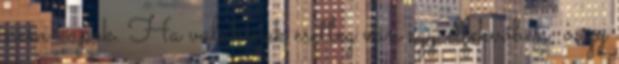
nem kapok. Ha valakinek esetleg van egy elfekvőben, vagy